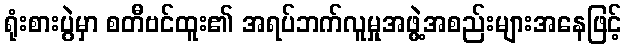
ရုံးစားပွဲမှာ စတီဗင်ထူး၏ အရပ်ဘက်လူမှုအဖွဲ့အစည်းများအနေဖြင့်